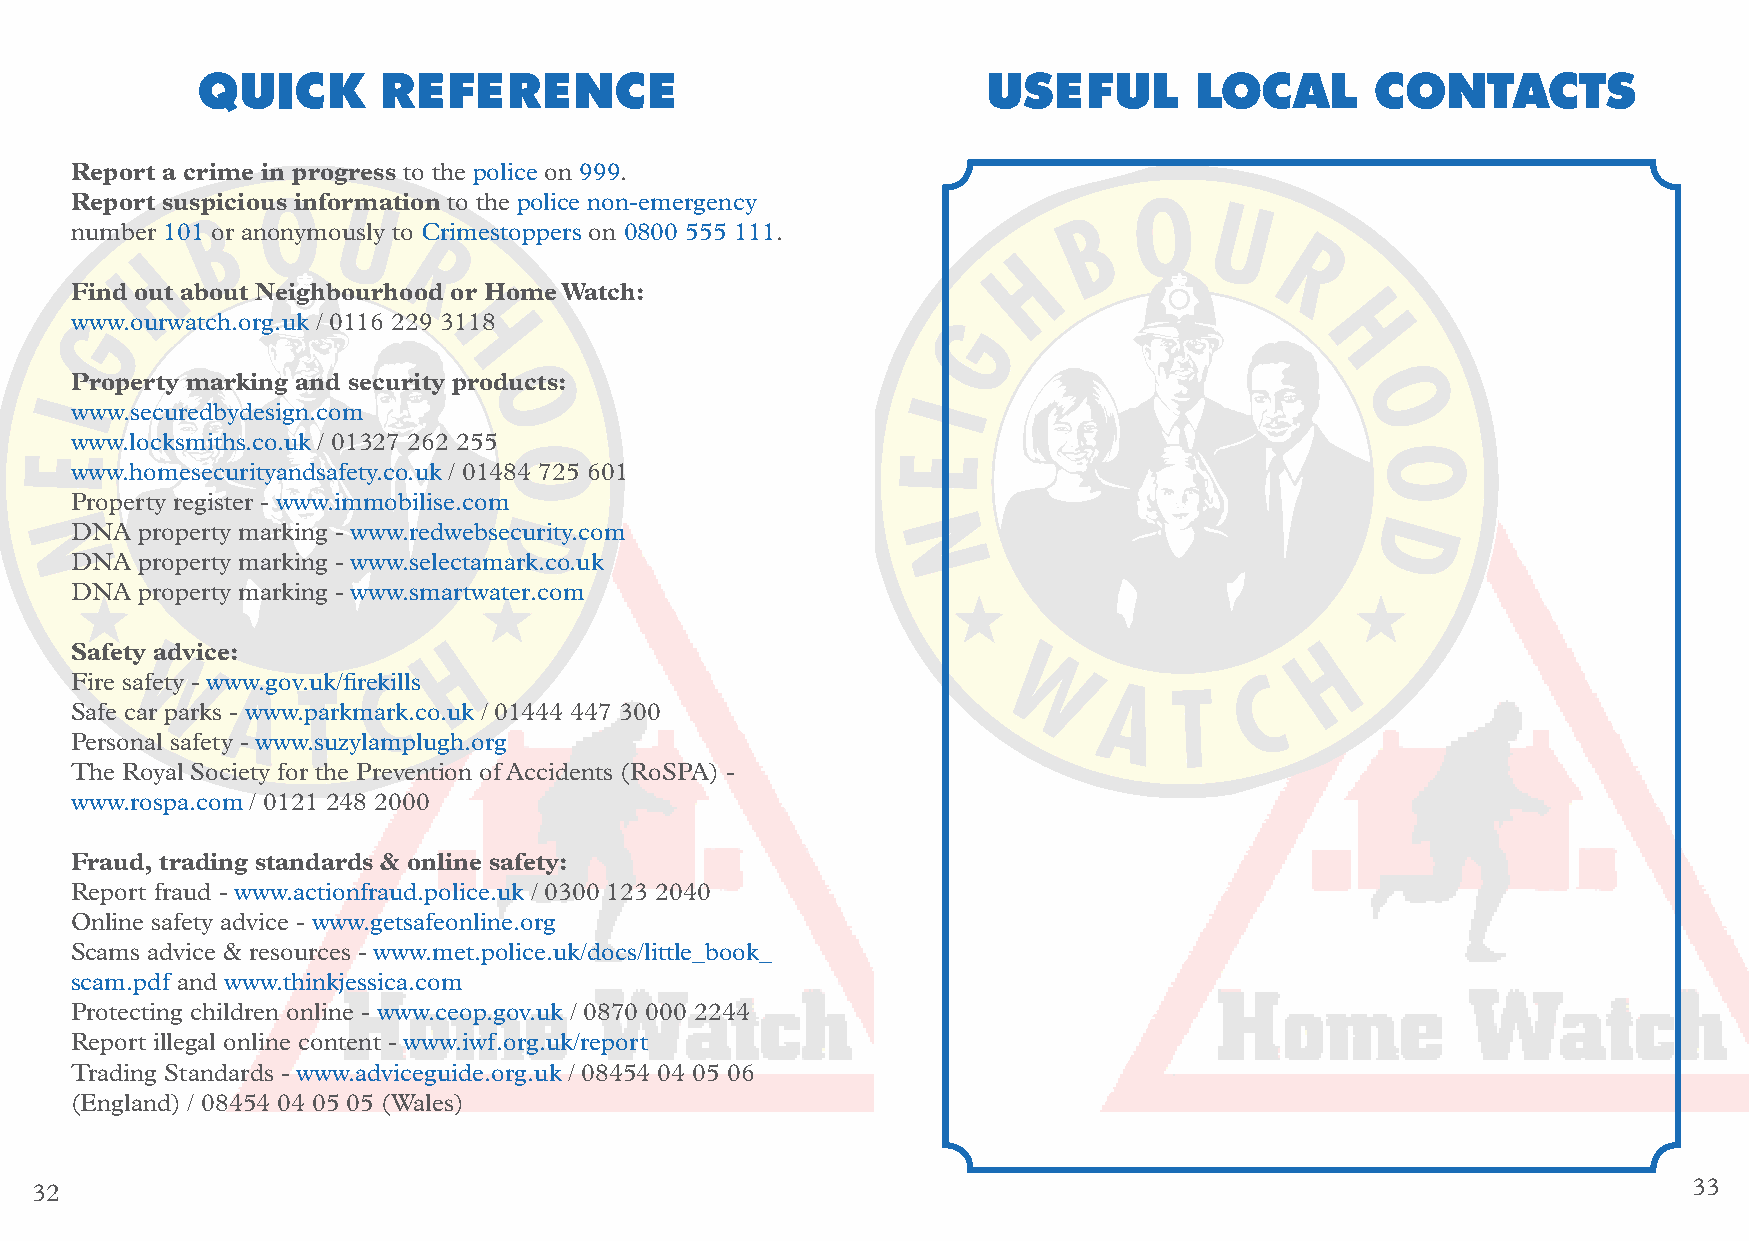
QUICK       REFERENCE                               USEFUL        LOCAL       CONTACTS
 Report a crime in progress to the police on 999.
 Report suspicious information to the police non-emergency
 number 101 or anonymously to Crimestoppers on 0800 555 111.
 Find out about Neighbourhood or Home Watch:
 www.ourwatch.org.uk / 0116 229 3118
 Property marking and security products:
 www.securedbydesign.com
 www.locksmiths.co.uk / 01327 262 255
 www.homesecurityandsafety.co.uk / 01484 725 601
 Property register - www.immobilise.com
 DNA property marking - www.redwebsecurity.com
 DNA property marking - www.selectamark.co.uk
 DNA property marking - www.smartwater.com
 Safety advice:
 Fire safety - www.gov.uk/firekills
 Safe car parks - www.parkmark.co.uk / 01444 447 300
 Personal safety - www.suzylamplugh.org
 The Royal Society for the Prevention of Accidents (RoSPA) -
 www.rospa.com / 0121 248 2000
 Fraud, trading standards & online safety:
 Report fraud - www.actionfraud.police.uk / 0300 123 2040
 Online safety advice - www.getsafeonline.org
 Scams advice & resources - www.met.police.uk/docs/little_book_
 scam.pdf and www.thinkjessica.com
 Protecting children online - www.ceop.gov.uk / 0870 000 2244
 Report illegal online content - www.iwf.org.uk/report
 Trading Standards - www.adviceguide.org.uk / 08454 04 05 06
 (England) / 08454 04 05 05 (Wales)
 32                                                                                                            33